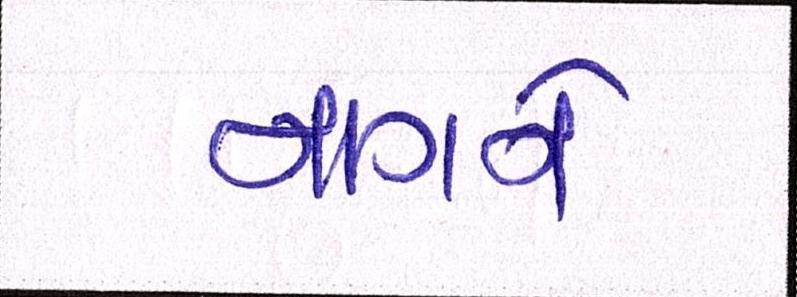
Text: નાગને